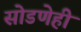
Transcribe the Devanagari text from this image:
सोडणेही